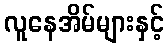
လူနေအိမ်များနှင့်